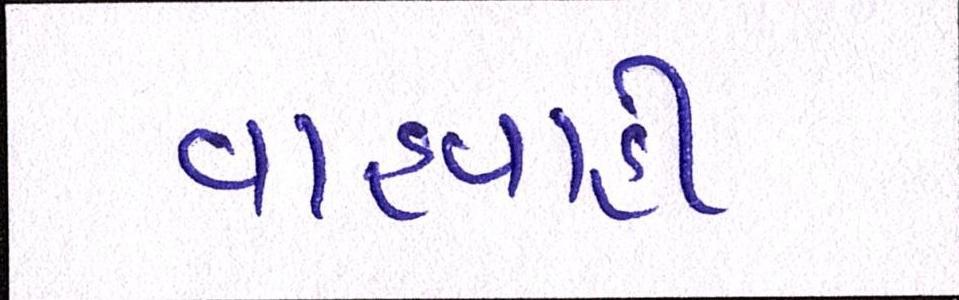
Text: વાહવાહી